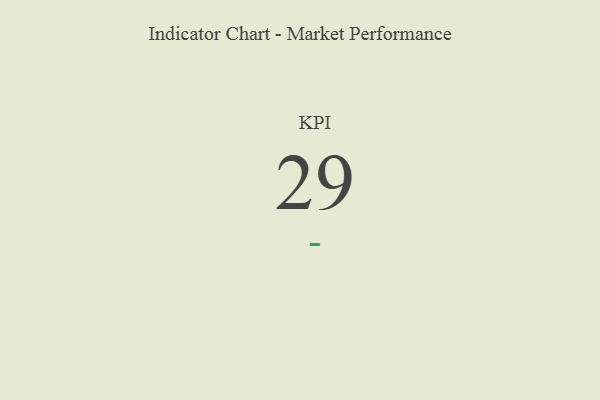
{"axis": {"x": "KPI", "y": "Value"}, "legend": [""], "data": [{"x": "KPI", "y": 29, "type": ""}]}